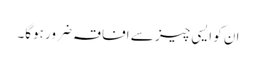
ان کو ایسی چیز سے افاقہ ضرور ہوگا۔